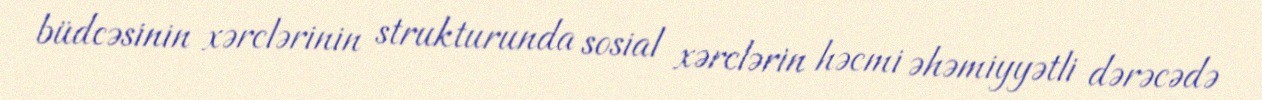
büdcəsinin xərclərinin strukturunda sosial xərclərin həcmi əhəmiyyətli dərəcədə